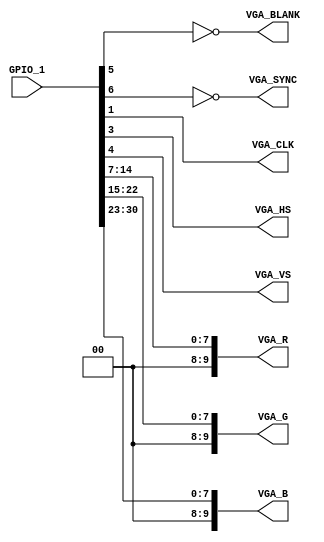
// Copyright (C) 1991-2013 Altera Corporation
// Your use of Altera Corporation's design tools, logic functions 
// and other software and tools, and its AMPP partner logic 
// functions, and any output files from any of the foregoing 
// (including device programming or simulation files), and any 
// associated documentation or information are expressly subject 
// to the terms and conditions of the Altera Program License 
// Subscription Agreement, Altera MegaCore Function License 
// Agreement, or other applicable license agreement, including, 
// without limitation, that your use is for the sole purpose of 
// programming logic devices manufactured by Altera and sold by 
// Altera or its authorized distributors.  Please refer to the 
// applicable agreement for further details.

// PROGRAM		"Quartus II 32-bit"
// VERSION		"Version 13.0.1 Build 232 06/12/2013 Service Pack 1 SJ Full Version"
// CREATED		"Tue Jun 28 16:50:55 2016"

module adapt(
	GPIO_1,
	VGA_CLK,
	VGA_HS,
	VGA_VS,
	VGA_BLANK,
	VGA_SYNC,
	VGA_R,
	VGA_G,
	VGA_B
);


input [35:0]	GPIO_1;

output VGA_CLK;
output VGA_HS;
output VGA_VS;
output VGA_BLANK;
output VGA_SYNC;
output [9:0] VGA_R;
output [9:0] VGA_G;
output [9:0] VGA_B;


assign	VGA_CLK = GPIO_1[1];
assign	VGA_HS = GPIO_1[3];
assign	VGA_VS = GPIO_1[4];
assign	VGA_BLANK = ~GPIO_1[5];
assign	VGA_SYNC = ~GPIO_1[6];
assign	VGA_R[7:0] = GPIO_1[14:7];
assign	VGA_G[7:0] = GPIO_1[22:15];
assign	VGA_B[7:0] = GPIO_1[30:23];
assign	VGA_R[9:8] = 2'b00;
assign	VGA_G[9:8] = 2'b00;
assign	VGA_B[9:8] = 2'b00;

endmodule